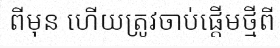
ពីមុន ហើយត្រូវចាប់ផ្តើមថ្មីពី